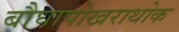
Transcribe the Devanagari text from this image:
बौघापोखराथोक